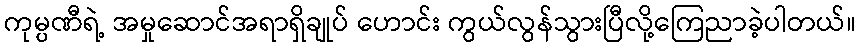
ကုမ္ပဏီရဲ့ အမှုဆောင်အရာရှိချုပ် ဟောင်း ကွယ်လွန်သွားပြီလို့ကြေညာခဲ့ပါတယ်။